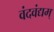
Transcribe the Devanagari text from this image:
वंदवंद्यम्